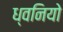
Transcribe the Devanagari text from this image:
ध्वनियो